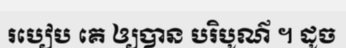
របៀប គេ ឲ្យបាន បរិបូណ៌ ។ ដូច